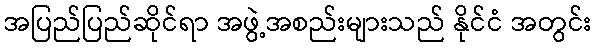
အပြည်ပြည်ဆိုင်ရာ အဖွဲ့အစည်းများသည် နိုင်ငံ အတွင်း